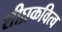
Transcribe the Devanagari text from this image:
शीघ्रकवित्व